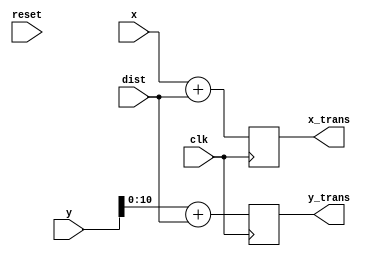
`timescale 1ns / 1ps
//////////////////////////////////////////////////////////////////////////////////
// Company: 
// Engineer: 
// 
// Design Name: 
// Module Name:    translation 
// Project Name: 
// Target Devices: 
// Tool versions: 
// Description: 
//
// Dependencies: 
//
// Revision: 
// Revision 0.01 - File Created
// Additional Comments: 
//
//////////////////////////////////////////////////////////////////////////////////
module translation(
    input clk,
	 input reset,
	 input signed [4:0] dist,
    input signed [11:0] x,
    input signed [11:0] y,
    output signed [11:0] x_trans,
    output signed [10:0] y_trans
    );
	
	reg signed [11:0] x_reg;
	reg signed [11:0] y_reg;
		
	always@(posedge clk) begin
		x_reg <= x +dist;
		y_reg <= y +dist;
	end

	assign x_trans = x_reg;
	assign y_trans = y_reg[10:0];
	
endmodule